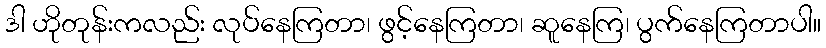
ဒါ ဟိုတုန်းကလည်း လုပ်နေကြတာ၊ ဖွင့်နေကြတာ၊ ဆူနေကြ၊ ပွက်နေကြတာပါ။